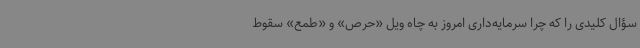
سؤال کلیدی را که چرا سرمایه‌داری امروز به چاه ویل «حرص» و «طمع» سقوط